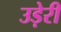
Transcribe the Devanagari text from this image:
उड़ेरी